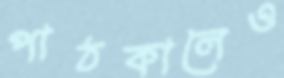
পাঠকালেও